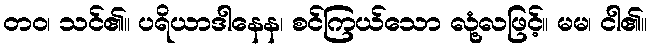
တဝ၊ သင်၏။ ပရိယာဒါနေန၊ စင်ကြယ်သော လုံ့လဖြင့်။ မမ၊ ငါ၏။